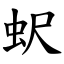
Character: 蚇